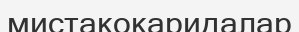
мистакокаридалар